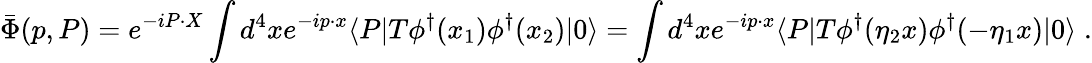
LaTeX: \bar{\Phi}(p,P)=e^{-iP\cdot X}\int d^{4}xe^{-ip\cdot x}\langle P|T\phi^{\dagger}(x_{1})\phi^{\dagger}(x_{2})|0\rangle=\int d^{4}xe^{-ip\cdot x}\langle P|T\phi^{\dagger}(\eta_{2}x)\phi^{\dagger}(-\eta_{1}x)|0\rangle\; .